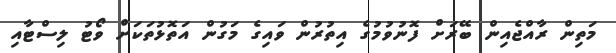
މަތިން ރާއްޖެއިން ބޭރަށް ފޮނުވުމުގެ އިތުރުން ވައިގެ މަގުން އަތޮޅުތަކަށް ވޯޓު ލިސްޓާއި